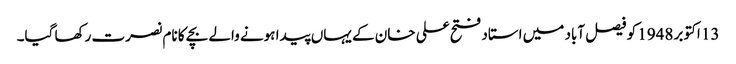
13 اکتوبر 1948 کو فیصل آباد میں استاد فتح علی خان کے یہاں پیدا ہونے والے بچے کا نام نصرت رکھا گیا۔